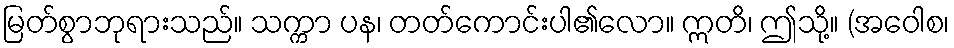
မြတ်စွာဘုရားသည်။ သက္ကာ ပန၊ တတ်ကောင်းပါ၏လော။ ဣတိ၊ ဤသို့။ (အဝေါစ၊